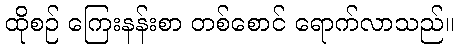
ထိုစဉ် ကြေးနန်းစာ တစ်စောင် ရောက်လာသည်။